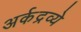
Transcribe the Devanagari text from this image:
अर्कद्रव्ये